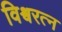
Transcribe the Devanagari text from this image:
विश्र्वरत्न